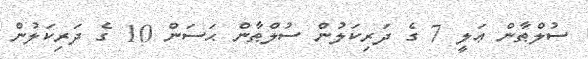
ސުލްޠާން ޢަލީ 7 ގެ ދަރިކަލުން ސުލްޠާން ޙަސަން 10 ގެ ދަރިކަލުން